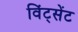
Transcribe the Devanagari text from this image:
विंट्सेंट